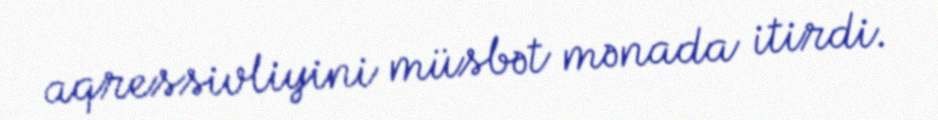
aqressivliyini müsbət mənada itirdi.